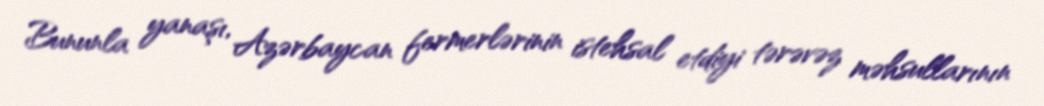
Bununla yanaşı, Azərbaycan fermerlərinin istehsal etdiyi tərəvəz məhsullarının